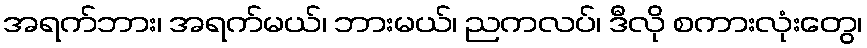
အရက်ဘား၊ အရက်မယ်၊ ဘားမယ်၊ ညကလပ်၊ ဒီလို စကားလုံးတွေ၊